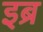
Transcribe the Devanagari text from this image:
इब्र